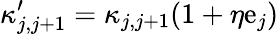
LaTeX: \kappa_{j,j+1}^{\prime}=\kappa_{j,j+1}(1+\eta\mathrm{e}_{j})